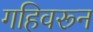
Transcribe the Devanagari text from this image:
गहिवरून